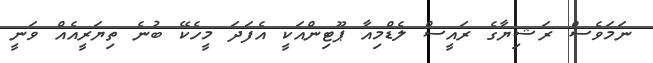
ނަމަވެސް ރަޝިޔާގެ ރައީސް ލެޑްމިއާ ޕޫޓިންއަކީ އެފަދަ މީހެކޭ ބުނެ ތިޔަރީއެއް ވަނީ